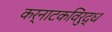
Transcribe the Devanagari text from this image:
कर्नाटकविरुद्ध